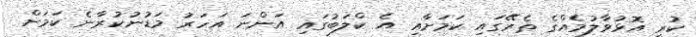
ކުރީ އޮޅުވާލުމެއްގެ ތެރޭގައި ކަމަށާއި އެ ކްލަބުގައި އަންނަ އަހަރު މަޑުނުކުރާނެ ކަމަށް